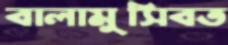
বালামুসিবত